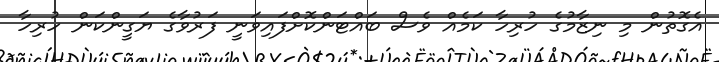
އެގޮތުން މި ނިޒާމުގެ ހުރިހާ ކަމެއް ވެސް ބައްޓަންކޮށްފައިވަނީ ފަރުވާގެ ޔަގީންކަން ހުރިހާ